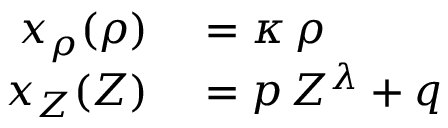
\begin{array} { r l } { x _ { \rho } ( \rho ) } & { { } = \kappa \, \rho } \\ { x _ { Z } ( Z ) } & { { } = p \, Z ^ { \lambda } + q } \end{array}